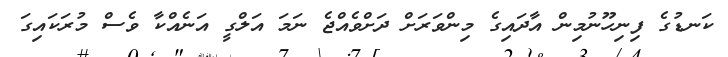
ކަނޑުގެ ފިނިހޫނުމިން އާދައިގެ މިންވަރަށް ދަށްވެއްޖެ ނަމަ އަލްގީ އަނެއްކާ ވެސް މުރަކައިގަ